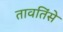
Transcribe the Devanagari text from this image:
तावतिंसे